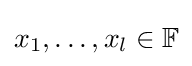
x_{1},\ldots ,x_{l}\in \mathbb {F}